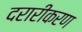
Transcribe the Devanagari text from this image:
दरारीकरण